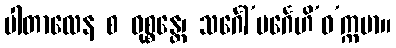
ပါတာလေန စ ဝုစ္စန္တေ၊ သင်္ဂေါ’ပင်္ဂေဟိ’ဓ’က္ကမာ။